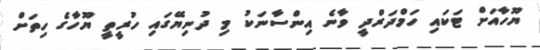
ޔޫހާއަށް ޓަކައި ހަމްދަރްދީ ވާނެ އިންސާނަކު މި ދުނިޔޭގައި ހުރީތީ ޔޫހާގެ ހިތަށް